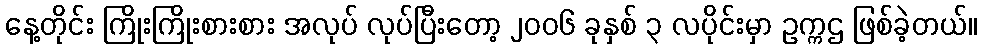
နေ့တိုင်း ကြိုးကြိုးစားစား အလုပ် လုပ်ပြီးတော့ ၂၀၀၆ ခုနှစ် ၃ လပိုင်းမှာ ဥက္ကဌ ဖြစ်ခဲ့တယ်။